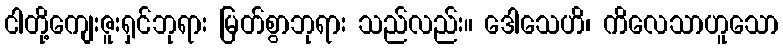
ငါတို့ကျေးဇူးရှင်ဘုရား မြတ်စွာဘုရား သည်လည်း။ ဒေါသေဟိ၊ ကိလေသာဟူသော